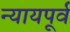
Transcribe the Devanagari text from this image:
न्यायपूर्व